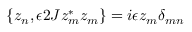
\{ z _ { n } , \epsilon 2 J z _ { m } ^ { \ast } z _ { m } \} = i \epsilon z _ { m } \delta _ { m n }